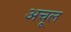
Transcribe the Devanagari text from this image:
अचूल